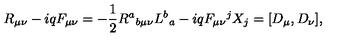
R _ { \mu \nu } - i q F _ { \mu \nu } = - \frac { 1 } { 2 } R ^ { a } { } _ { b \mu \nu } L ^ { b } { } _ { a } - i q F _ { \mu \nu } { } ^ { j } X _ { j } = [ D _ { \mu } , D _ { \nu } ] ,